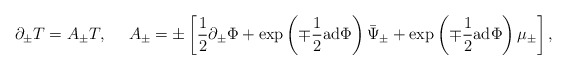
\begin{align*}\partial_\pm T = A_\pm T,{}~~~~A_\pm = \pm \left[ \frac{1}{2} \partial_\pm \Phi + \exp \left(\mp \frac{1}{2} {\rm ad} \Phi \right) \bar{\Psi}_\pm + \exp \left(\mp \frac{1}{2} {\rm ad} \Phi \right) \mu_\pm \right], \end{align*}